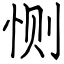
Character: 恻